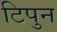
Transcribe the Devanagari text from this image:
टिपुन